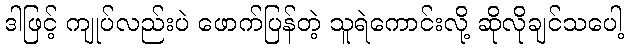
ဒါဖြင့် ကျုပ်လည်းပဲ ဖောက်ပြန်တဲ့ သူရဲကောင်းလို့ ဆိုလိုချင်သပေါ့